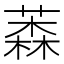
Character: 𦼚